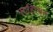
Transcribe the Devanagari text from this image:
साहित्यत